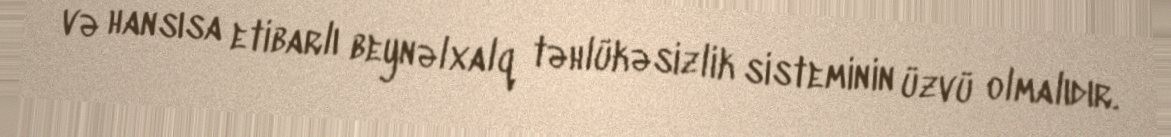
və hansısa etibarlı beynəlxalq təhlükəsizlik sisteminin üzvü olmalıdır.